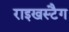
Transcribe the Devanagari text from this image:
राइखस्टैग